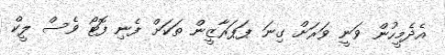
އެދެމީހުން ވަނީ ވަރަށް ގިނަ ޕަޕަރާޒީން ތަކަށް ފެނި ފޮޓޯ ވެސް ލީކް